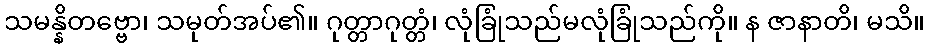
သမန္နိတဗ္ဗော၊ သမုတ်အပ်၏။ ဂုတ္တာဂုတ္တံ၊ လုံခြုံသည်မလုံခြုံသည်ကို။ န ဇာနာတိ၊ မသိ။